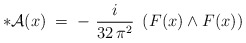
\begin{align*}* {\mathcal A} (x) \;=\; -~\frac{i}{32\,\pi^2}~ \left( F(x) \wedge F(x)\right) \end{align*}